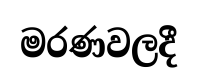
මරණවලදී